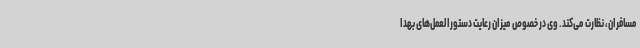
مسافران، نظارت می‌کند. وی در خصوص میزان رعایت دستورالعمل‌های بهدا